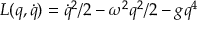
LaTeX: L ( q , \dot { q } ) = \dot { q } ^ { 2 } / 2 - \omega ^ { 2 } q ^ { 2 } / 2 - g q ^ { 4 }